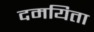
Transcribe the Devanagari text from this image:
दमयिता